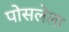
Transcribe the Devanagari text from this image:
पोसलेला